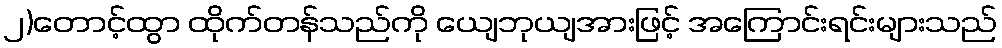
၂)တောင့်ထွာ ထိုက်တန်သည်ကို ယျေဘုယျအားဖြင့် အကြောင်းရင်းများသည်